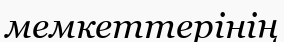
мемкеттерінің